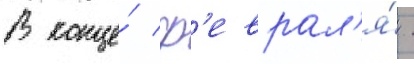
В конце́ ф'еврал'я́ -